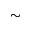
\sim